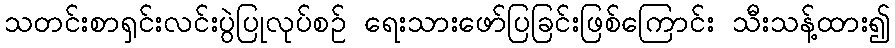
သတင်းစာရှင်းလင်းပွဲပြုလုပ်စဉ် ရေးသားဖော်ပြခြင်းဖြစ်ကြောင်း သီးသန့်ထား၍